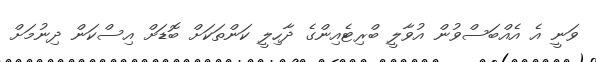
ވަނީ އެ އެއްބަސްވުން އުވާލީ ބްރިޓެއިންގެ ދާހިލީ ކަންތަކަށް ބޮޑަށް އިސްކަން ދިނުމަށް